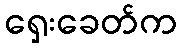
ရှေးခေတ်က